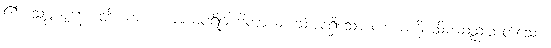
၏။ သမ္ပဇာနော တိ၊ ကား။ ကာယပရိဂ္ဂါဟိကာယ၊ ဆံအစရှိသော ကာယကို သိမ်းဆည်းတတ်သော။